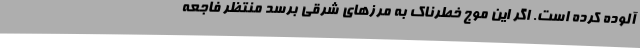
آلوده کرده است. اگر این موج خطرناک به مرزهای شرقی برسد منتظر فاجعه